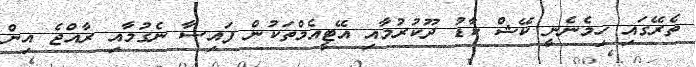
ތެރޭގައި ހިމެނެނީ ކޭޝް ކާޑު ދޫކުރުމާއި އޭޓީއެމްތަކުން ފައިސާ ނެގުމާއި ރާއްޖެ އިން